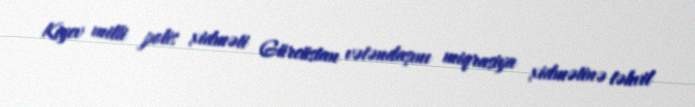
Kiyev milli polis xidməti Gürcüstan vətəndaşını miqrasiya xidmətinə təhvil